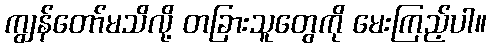
ကျွန်တော်မသိလို့ တခြားသူတွေကို မေးကြည့်ပါ။